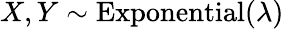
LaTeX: X,Y\sim{\textrm{Exponential}}(\lambda)